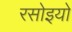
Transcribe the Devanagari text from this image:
रसोइयो